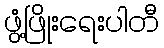
ဖွံ့ဖြိုးရေးပါတီ